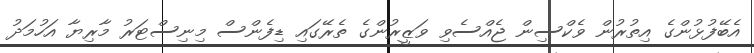
އެބޭފުޅުންގެ އިތުރުން ވެކްސިން ޖެއްސެވި ވަޒީރުންގެ ތެރޭގައި ޑިފެންސް މިނިސްޓަރު މާރިޔާ އަހުމަދު